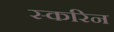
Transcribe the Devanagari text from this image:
स्करिन